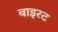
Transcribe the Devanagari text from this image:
बाइरट